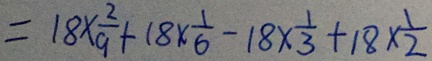
= 1 8 \times \frac { 2 } { 9 } + 1 8 \times \frac { 1 } { 6 } - 1 8 \times \frac { 1 } { 3 } + 1 8 \times \frac { 1 } { 2 }